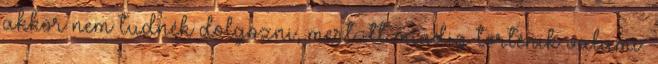
akkor nem tudnék dolgozni, mert itt mindig történik valami.